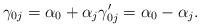
LaTeX: \begin{align*}\gamma_{0j} = \alpha_0 + \alpha_j \gamma_{0j}' = \alpha_0-\alpha_j.\end{align*}